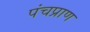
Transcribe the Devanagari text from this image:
पंचप्राण